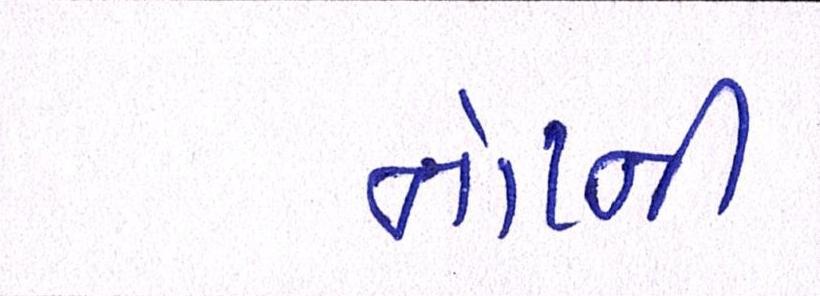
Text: નોટની